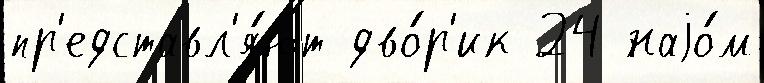
пр'едставл'я́ют дво́р'ик 24 наjо́м